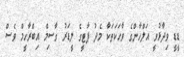
ޑީޑީ ވިދާޅުވީ އަލްހާންގެ ވާހަކަތަކާ މެދު ޕާޓީގެ ލީޑަރު ގާސިމް އިބްރާހީމް ވެސް